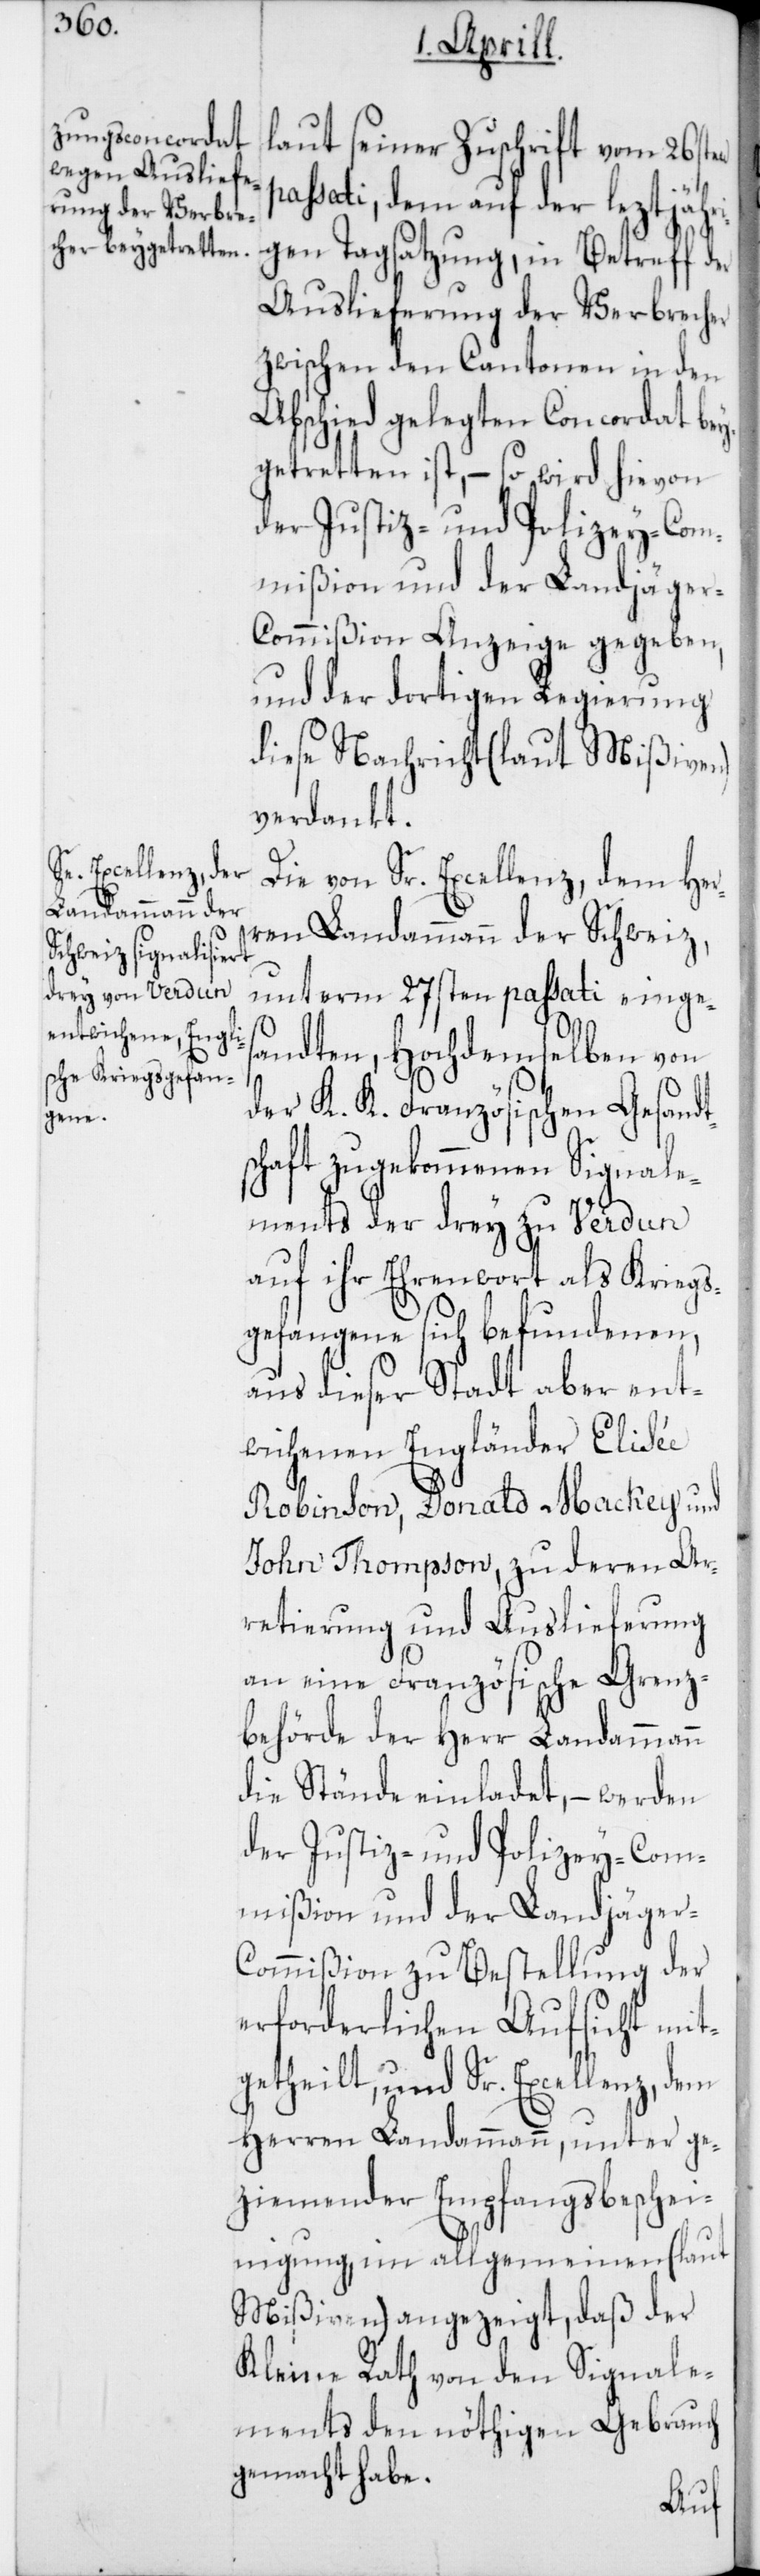
laut seiner Zuschrift vom 26sten
passati, dem auf der leztjähr¬
igen Tagsatzung, in Betreff der
Auslieferung der Verbrecher
zwischen den Cantonen in den
Abschied gelegten Concordat bey¬
getretten ist, – so wird hievon
der Justiz- und Polizey-Com¬
mißion und der Landjäge¬
r-Commißion Anzeige gegeben,
und der dortigen Regierung
diese Nachricht (laut Mißiven)
verdankt.
Die von Sr. Excellenz, dem Her¬
ren Landammann der Schweiz,
unterm 27sten passati einges¬
andten, Hochdemselben von
der K. K. Französischen Gesandt¬
schaft zugekommenen Signale¬
ments der drey zu Verdun
auf ihr Ehrenwort als Kregs¬
gefangene sich befundenen,
aus dieser Stadt aber ent¬
wichenen Engländer Elisée
Robinson, Donald Mackey und
John Thompson, zu deren Ar¬
retierung und Auslieferung
an eine Französische Grenz¬
behörde der Herr Landammann
die Stände einladet, – werden
der Justiz- und Polizey-Com¬
mißion und der Landjäger-C¬
ommißion zu Bestellung der
erforderlichen Aufsicht mit¬
getheilt, und Sr. Excellenz, dem
Herren Landammann, unter ge¬
ziemender Empfangsbeschei¬
nigung im allgemeinen (laut
Mißiven) angezeigt, daß der
Kleine Rath von den Signale¬
ments den nöthigen Gebrauch
gemacht habe.